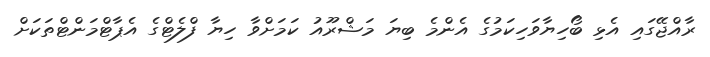
ރާއްޖޭގައި އެޅި ބޯހިޔާވަހިކަމުގެ އެންމެ ބިޔަ މަޝްރޫއު ކަމަށްވާ ހިޔާ ފްލެޓްގެ އެޕާޓްމަންޓްތަކަށް